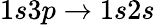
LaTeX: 1s3p\to 1s2s